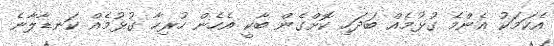
އެކަމަކު އެންމެ ގުޅުމެއް ބަދަހި ކޮށްގެން ބާކީ އެހެން ހުރިހާ ގުޅުމެއް ކަނޑާލާނެ